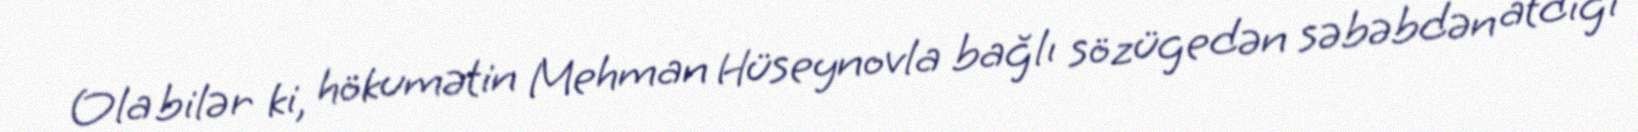
Ola bilər ki, hökumətin Mehman Hüseynovla bağlı sözügedən səbəbdən atdığı